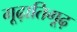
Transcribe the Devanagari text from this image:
गूढ़ातिगूढ़